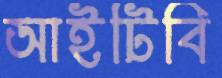
আইটিবি